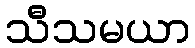
သီသမယာ